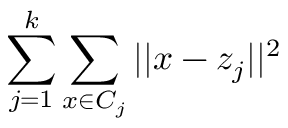
\sum _ { j = 1 } ^ { k } \sum _ { x \in C _ { j } } | | x - z _ { j } | | ^ { 2 }